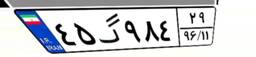
۲۳گ۶۰۰۳۰